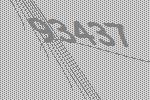
93437